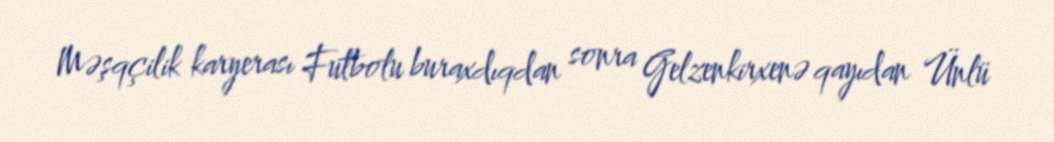
Məşqçilik karyerası Futbolu buraxdıqdan sonra Gelzenkirxenə qayıdan Ünlü